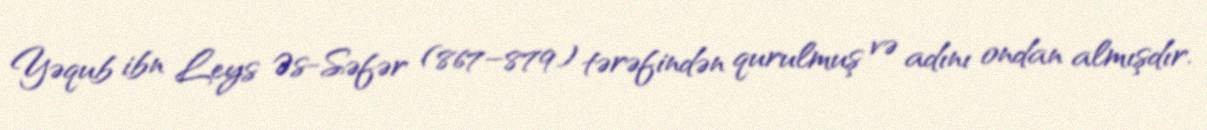
Yəqub ibn Leys Əs-Səfər (867–879) tərəfindən qurulmuş və adını ondan almışdır.